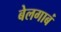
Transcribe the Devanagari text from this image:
बेलगाबं